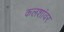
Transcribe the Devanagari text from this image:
कलशांवर